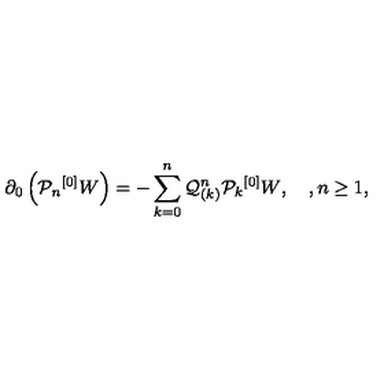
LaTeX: \partial _ { 0 } \left( { \mathcal P } _ { n } { ^ { [ 0 ] } W } \right) = - \sum _ { k = 0 } ^ { n } { \mathcal Q } _ { ( k ) } ^ { n } { \mathcal P } _ { k } { ^ { [ 0 ] } W } , \quad , n \geq 1 ,